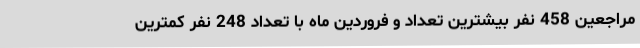
مراجعین 458 نفر بیشترین تعداد و فروردین ماه با تعداد 248 نفر کمترین